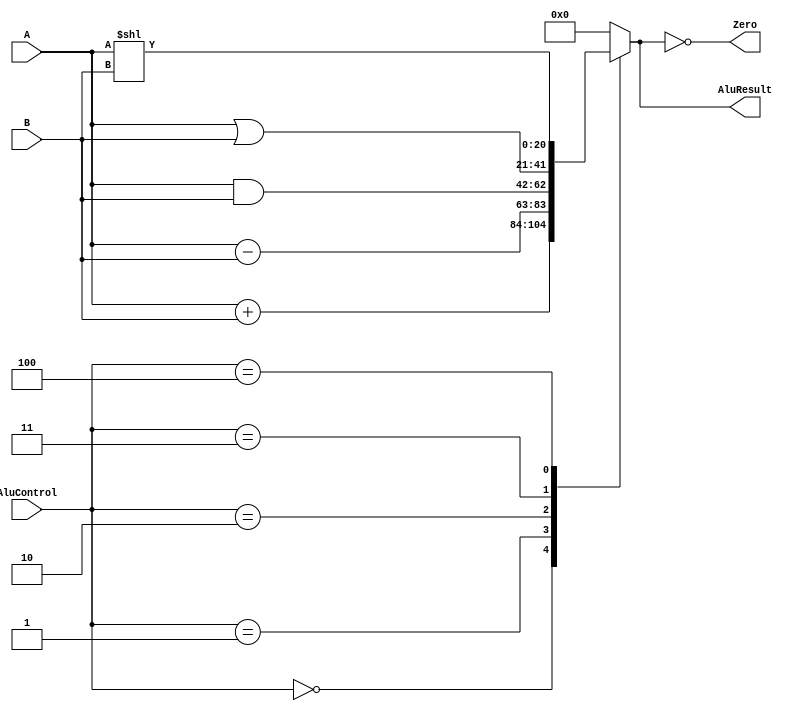
`timescale 1ns / 1ps

module ALU(
    input [20:0] A,
    input [20:0] B,
    output reg [20:0] AluResult,
    output Zero,
    input [2:0] AluControl
    );
	
	always @*
	case (AluControl)
 
   3'b000: AluResult = A + B;
   3'b001: AluResult = A - B;
   3'b010: AluResult = A & B;
   3'b011: AluResult = A | B;
   3'b100: AluResult = A << B;
	default: AluResult = 0;
	endcase
	assign Zero =(AluResult == 0);
	endmodule